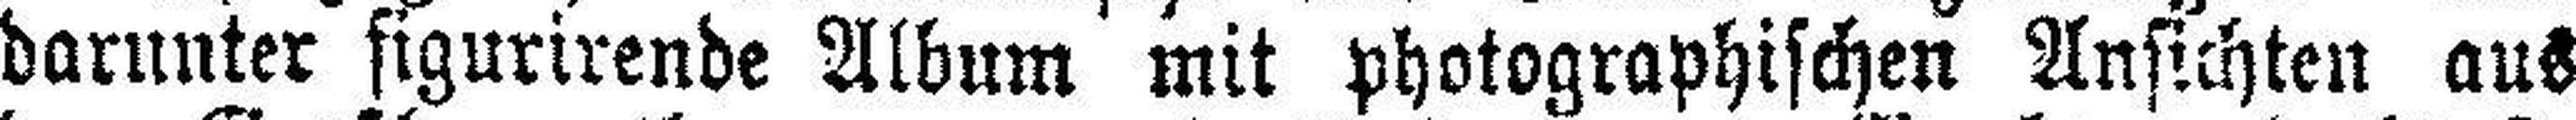
darunter figurirende Album mit photographischen Ansichten aus